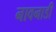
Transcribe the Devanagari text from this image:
नावनाडी